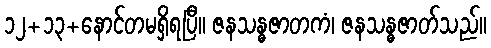
၁၂+၁၃+နောင်တမရှိရပြီ။ ဇနသန္ဓဇာတကံ၊ ဇနသန္ဓဇာတ်သည်။